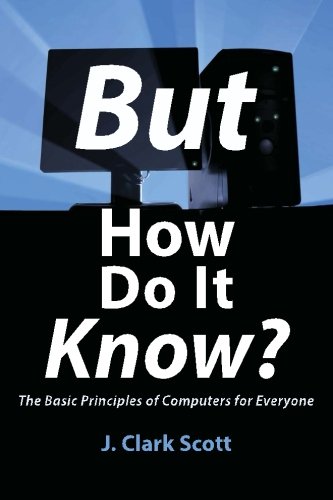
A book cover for But How Do It Know? - The Basic Principles of Computers for Everyone; J Clark Scott; Computers & Technology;